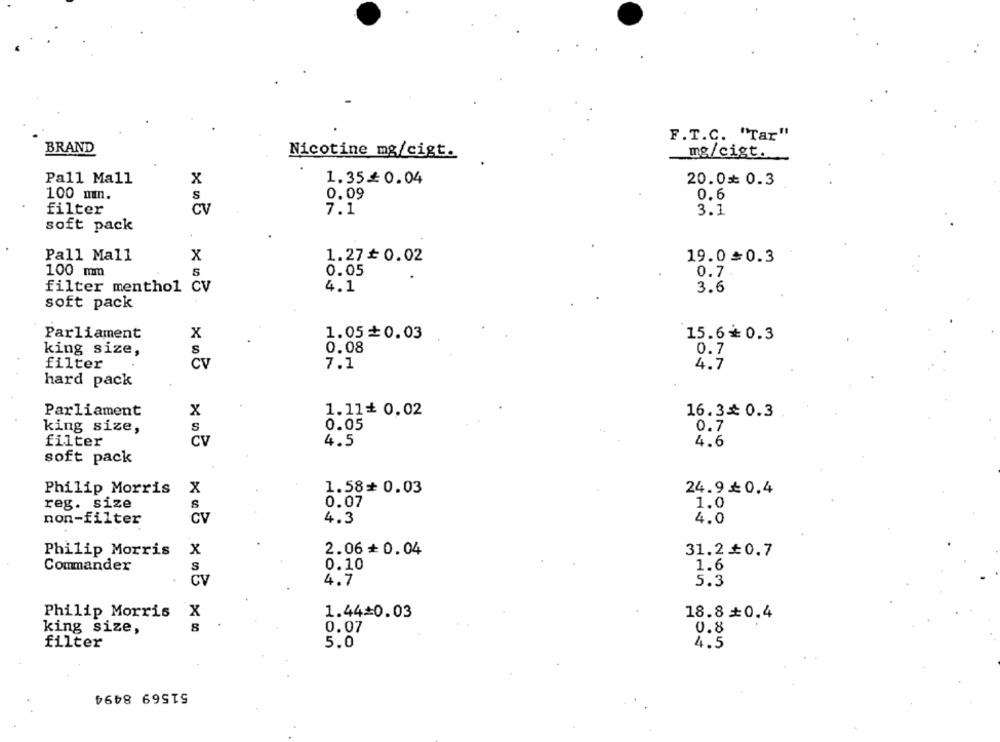
F.T.C. "Tar"
BRAND
Nicotine mg/cigt.
mg/cigt.
Pall Mall
x
1.35£ 0.04
20.0 0.3
0.09
100 mm.
S
0.6
filter
CV
7.1
3.1
soft pack
Pall Mall
X
1.27₺ 0.02
19.0≥0.3
100 mm
0.05
0.7
filter menthol CV
4.1
3.6
soft pack
Parliament
X
1.05+0.03
15.60.3
0.08
king size,
0.7
filter
CV
7.1
4.7
hard pack
Parliament
x
1.11+ 0.02
16.3 0.3
king size,
S
0.05
0.7
filter
CV
4.5
4.6
soft pack
Philip Morris
x
1.58+ 0.03
24.9≤0.4
reg. size
S
0.07
1.0
non-filter
4.0
CV
4.3
Philip Morris
x
2.06+ 0.04
31.20.7
Commander
S
0.10
1.6
CV
4.7
5.3
Philip Morris
X
1.44=0.03
18.8+0.4
king size,
8
0.07
0.8
filter
5.0
4.5
51569 8494